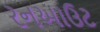
રનઆઉટ